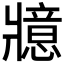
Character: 𭷇